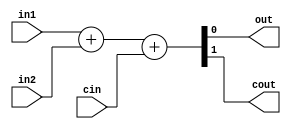
module ADD1(input in1, in2, cin, output out, cout);
assign {cout, out} = in1 + in2 + cin;
endmodule